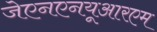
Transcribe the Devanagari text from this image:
जेएनएनयूआरएम